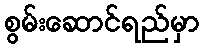
စွမ်းဆောင်ရည်မှာ